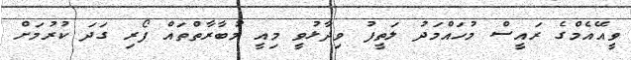
ވީއޭއެމްގެ ރައީސް މުހައްމަދު ލަތީފު ވިދާޅުވީ މިއީ މުބާރާތްތައް ފޯރި ގަދަ ކުރުމަށް